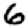
Digit: 6